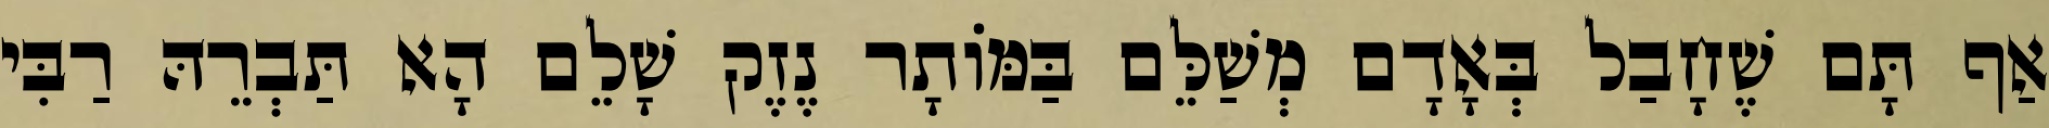
אַף תָּם שֶׁחָבַל בְּאָדָם מְשַׁלֵּם בַּמּוֹתָר נֶזֶק שָׁלֵם הָא תַּבְרֵהּ רַבִּי